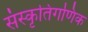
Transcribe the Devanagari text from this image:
संस्कृतिगणिक